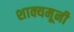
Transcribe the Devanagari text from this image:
शाक्यमूनी